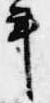
年